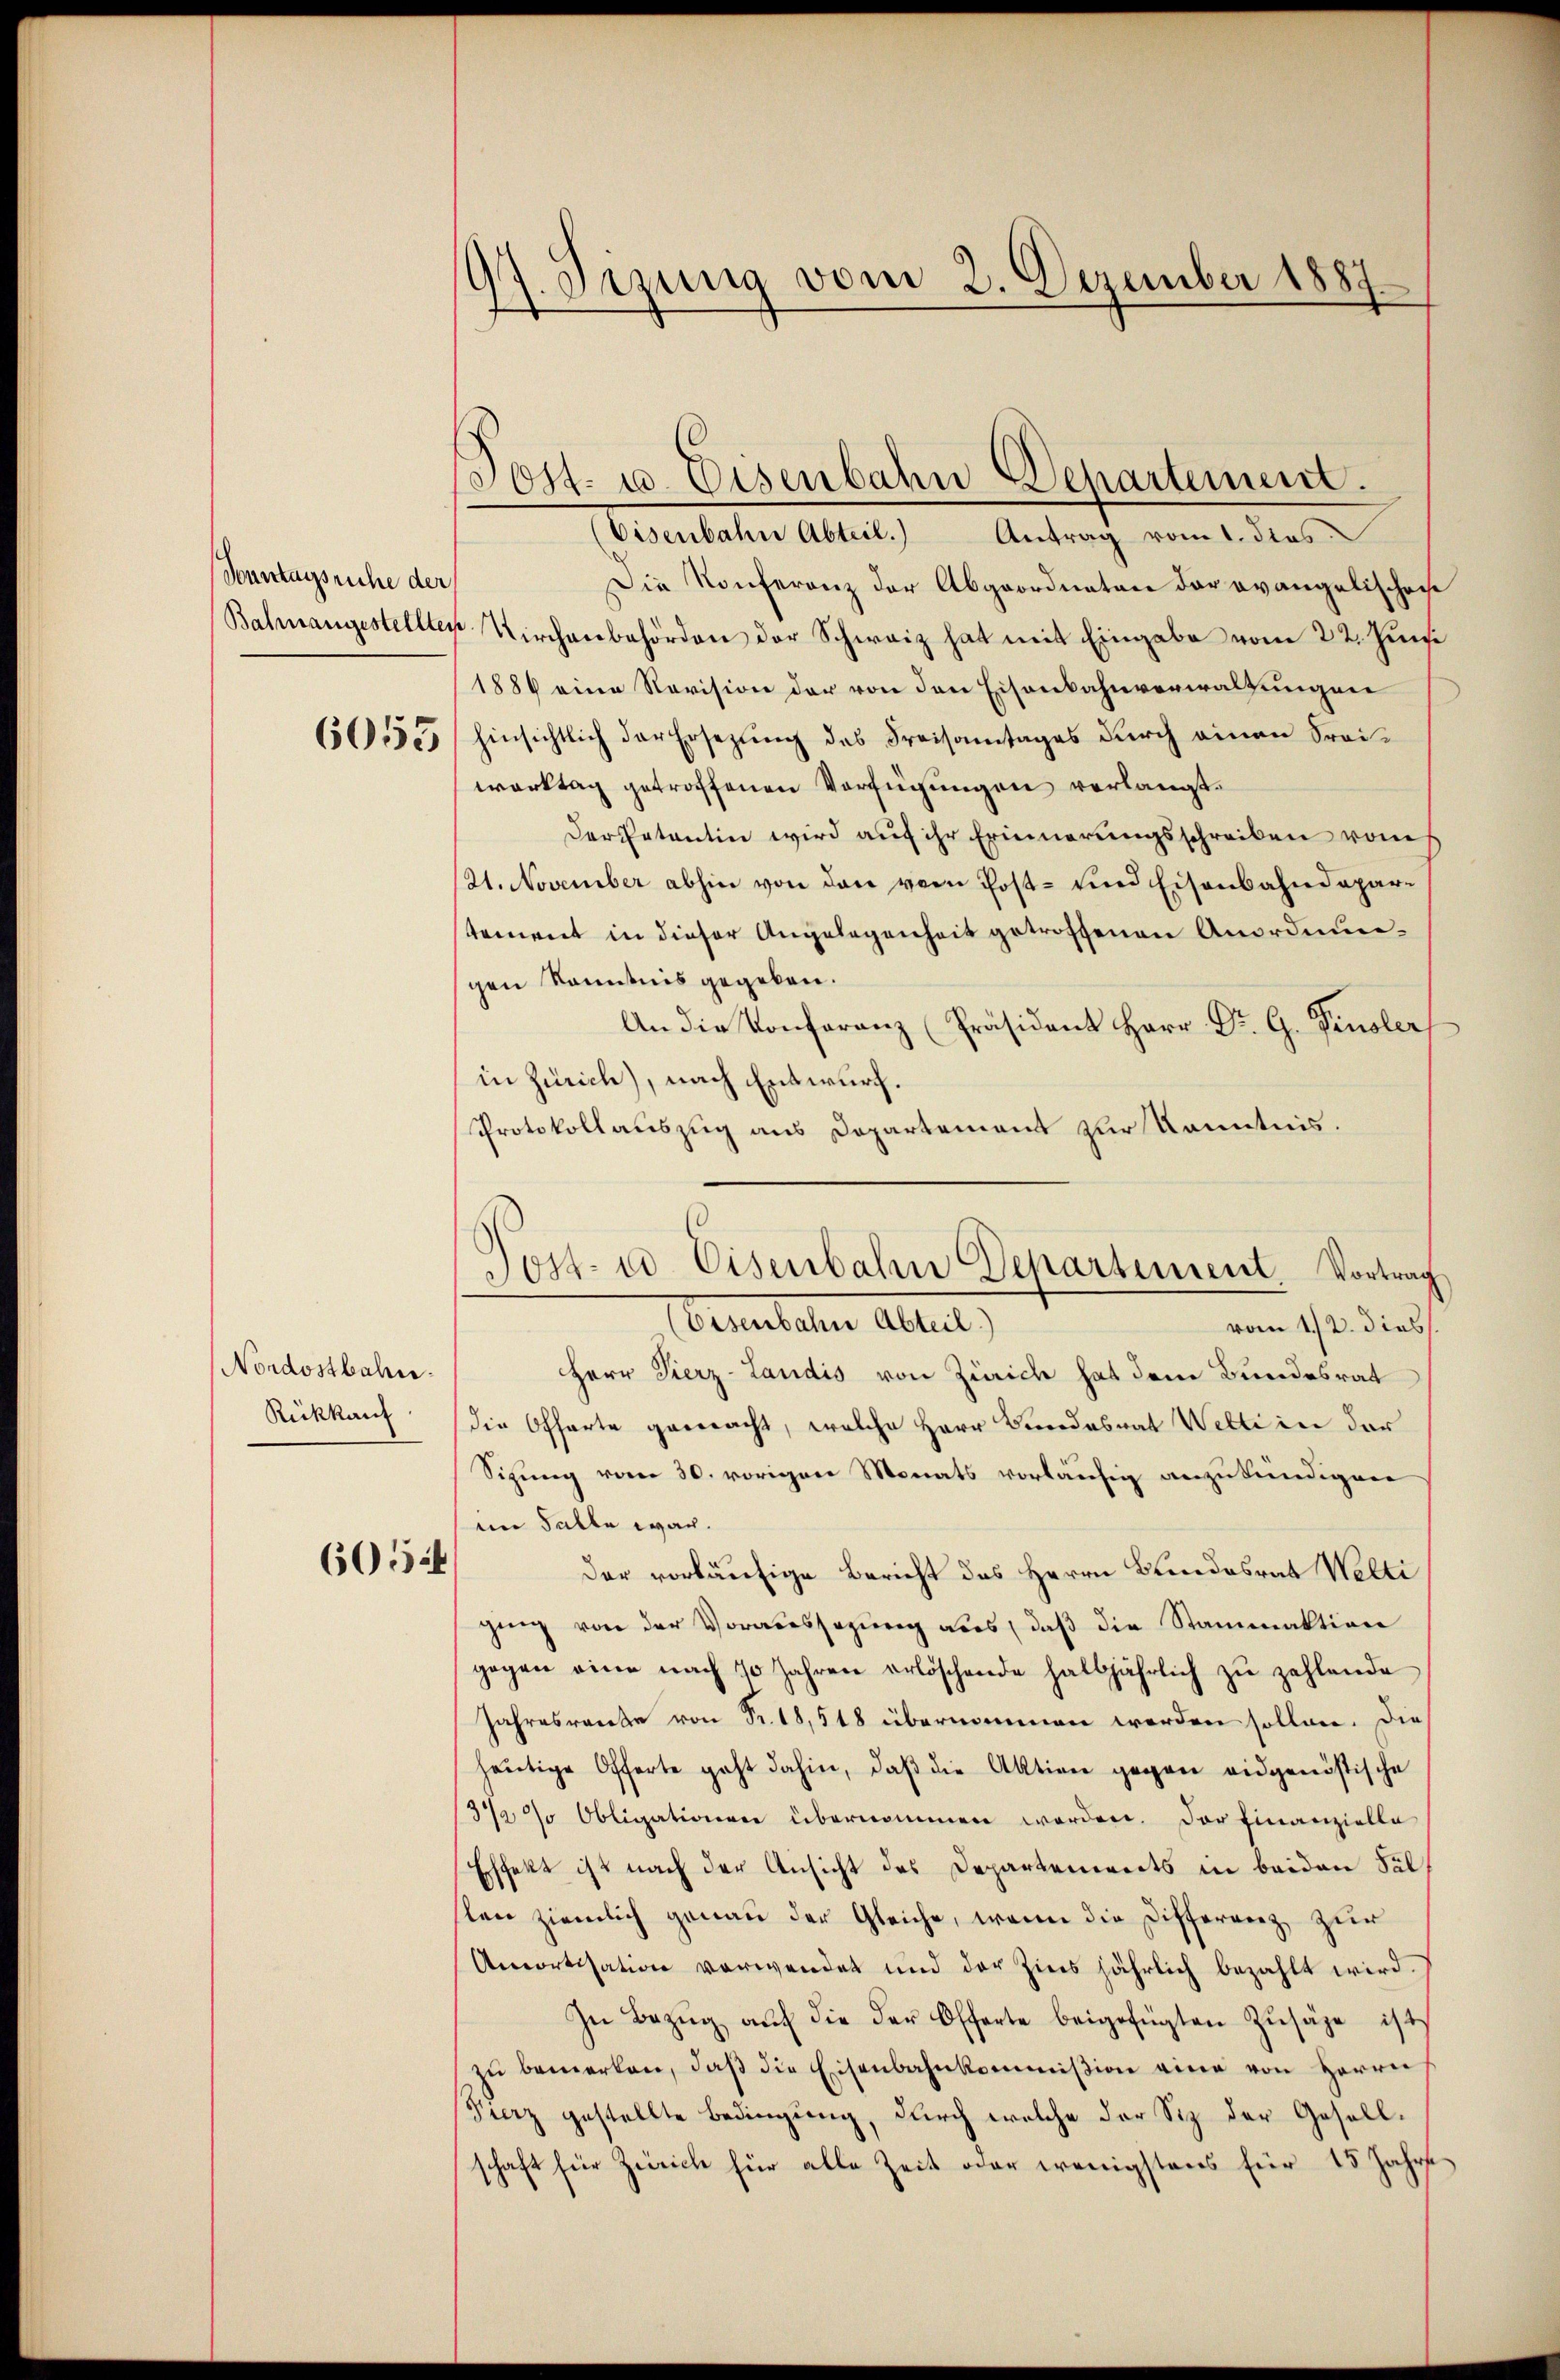
Sonntagsruhe der

6053

Nordostbahn.
Rückkauf

6054

17. Sizung vom 2. Dezember 1887

Eisenbahn Abteil.)
Antrag vom 1. dies
Die Konferenz der Abgeordneten der evangelischen
Bahnangestellter Kirchenbehörden der Schweiz hat mit Eingabe vom 22. Junii
1886 eine Revision der von den Eisenbahnverwaltungen
hinsichtlich der Ersezung des Freisamtages durch einen Freiwerktag getroffenen Verfügungen verlangt.
Der Patentin wird aŭf ihr Erinnerŭngsschreiben vom
(21. November abhin von den vom Post- und Eisenbahndepartement in dieser Angelegenheit getroffenen Anordnungen Kenntnis gegeben.
An die Konferanz (Präsident Herr Dr. G. Finslers
in Zürich), nach Entwurf.
Protokollauszug aus Departement zur Kenntnis.
Herr Vierz-Landis von Zürich hat dem Bundesrat
die Offarte gemacht, welche Herr Brodesrat Welti in der
Sigung vom 30. vorigen Monats vorläufig anzukündigen
em Falle war.
der vorläufige Bericht des Herrn Bundesrat Welti
ging von der Voraussagung aus, daß die Stammaktion
gegen eine nach 70 Jahren erlöschende halbjährlich zŭ zahlende
Jahresranke von Fr. 18,548 übernommen werden sollen. Die
heŭtige Offerte geht dahin, daβ die Aktion gegen eidgenössische
1312 % Obligation übernommen worden. Der Finanzielle
Effekt ist nach der Ansicht des Departements in beiden Fal
sten ziemlich genau der Gleiche, wenn die Differenz zur
Amortisation verwendet und der Zins jährlich bezahlt wird.
In Bezŭg aŭf die der Offerte beigefügten Zusage ist
zŭ bemerken, daβ die Eisenbahnkommißion eine von Herrn
Fierz gestellte Bedingung, durch welche der Siz der Gesellschaft für Zürich für alle Zeit oder wenigstens für 15 Jahre

Tost- u. Eisenbahn Departement.

Post- u. Eisenbahn Departement. Vortrag
Semestehen Altert
vom 12. dies